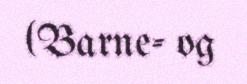
(Barne- og